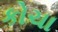
કોચા